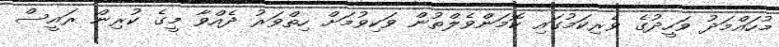
މުހައްމަދު ވަހީދުގެ ވެރިކަމުގައި ކޮމަންވެލްތުން ވަކިވުމަށް ހިތްވަރު ދެއްވާ މީގެ ކުރިން ރައީސް